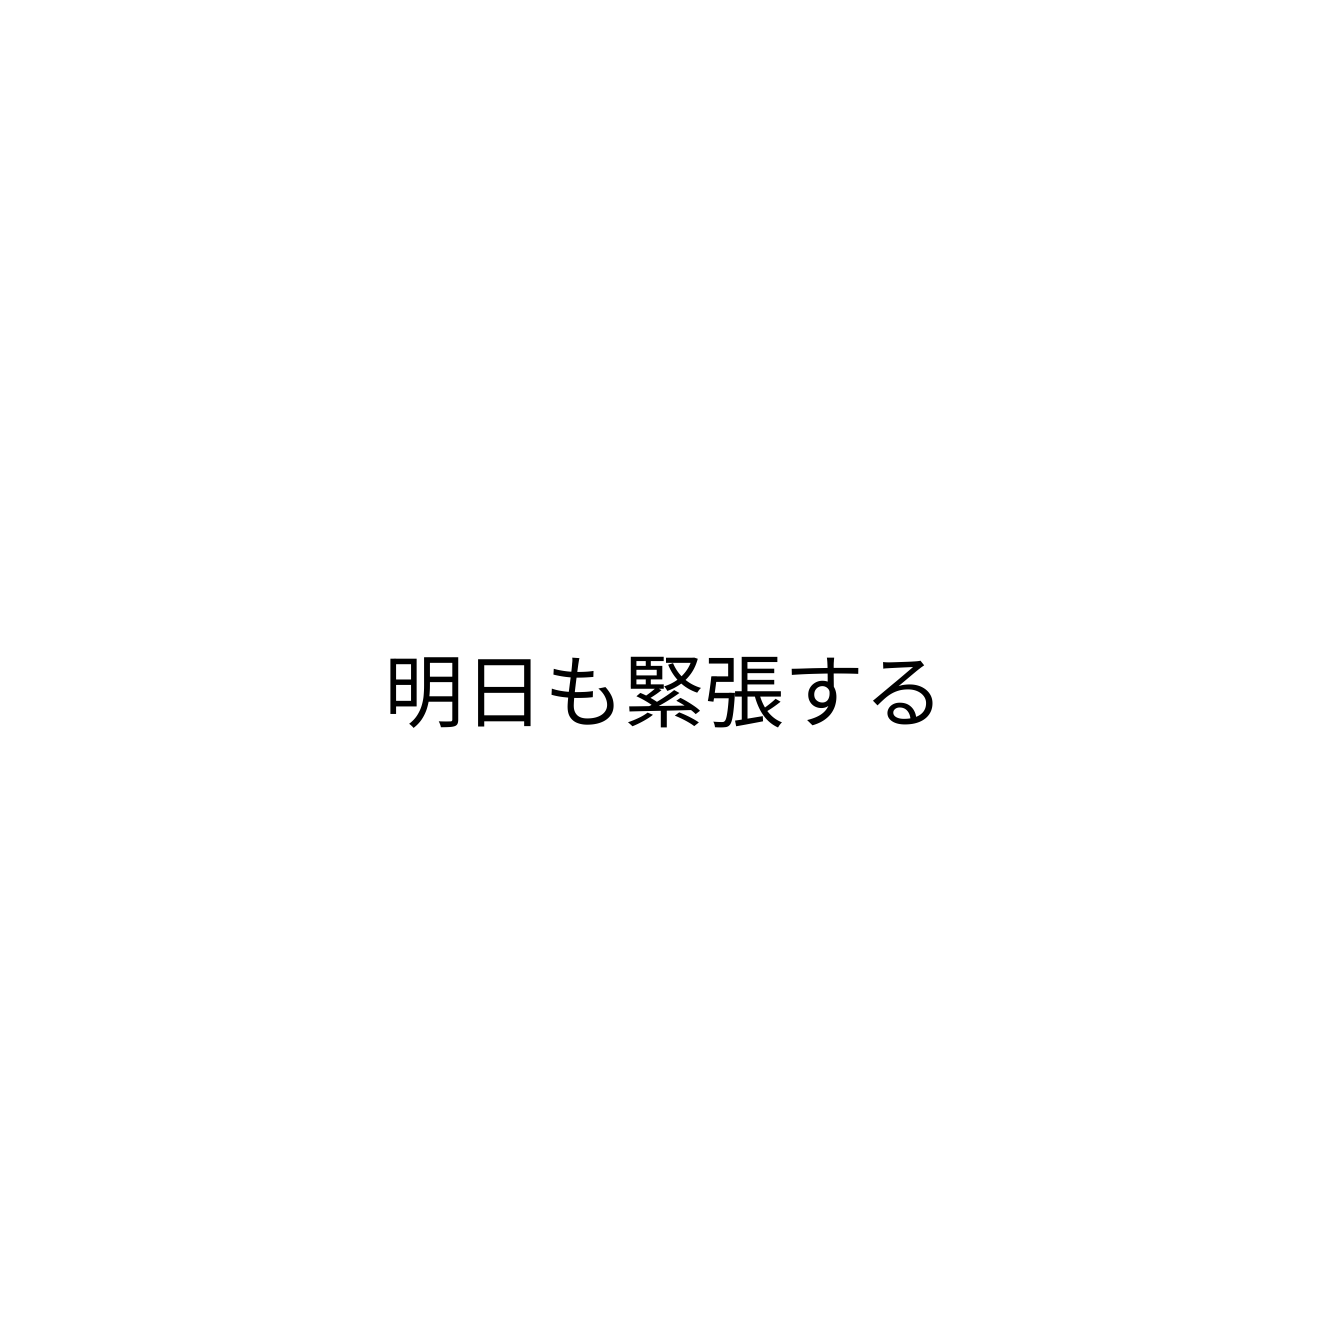
明日も緊張する